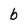
Character: b